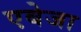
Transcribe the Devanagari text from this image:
एबेजा